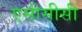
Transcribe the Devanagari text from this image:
एसीसीसी